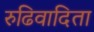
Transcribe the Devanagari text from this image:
रुढिवादिता